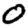
Digit: 0